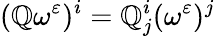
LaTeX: (\mathbb{Q}\omega^{\varepsilon})^{i}=\mathbb{Q}_{j}^{i}(\omega^{\varepsilon})^{j}